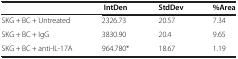
<table><thead><tr><td>[EMPTY_CELL]</td><td><b>IntDen</b></td><td><b>StdDev</b></td><td><b>%Area</b></td></tr></thead><tbody><tr><td>SKG + BC + Untreated</td><td>2326.73</td><td>20.57</td><td>7.34</td></tr><tr><td>SKG + BC + IgG</td><td>3830.90</td><td>20.4</td><td>9.65</td></tr><tr><td>SKG + BC + anti-IL-17A</td><td>964.780*</td><td>18.67</td><td>1.19</td></tr></tbody></table>